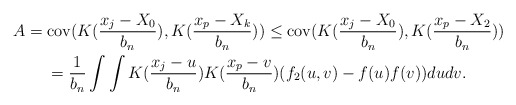
\begin{gather*}A=\mathrm{cov}(K(\frac{x_{j}-X_{0}}{b_{n}}),K(\frac{x_{p}-X_{k}}{b_{n}}))\leq\mathrm{cov}(K(\frac{x_{j}-X_{0}}{b_{n}}),K(\frac{x_{p}-X_{2}}{b_{n}}))\\=\frac{1}{b_{n}}\int\int K(\frac{x_{j}-u}{b_{n}})K(\frac{x_{p}-v}{b_{n}})(f_{2}(u,v)-f(u)f(v))dudv.\end{gather*}